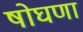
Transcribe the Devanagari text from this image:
षोघणा